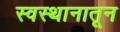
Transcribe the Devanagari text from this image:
स्वस्थानातून